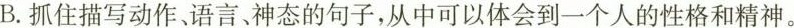
B.抓住描写动作、语言、神态的句子，从中可以体会到一个人的性格和精神。